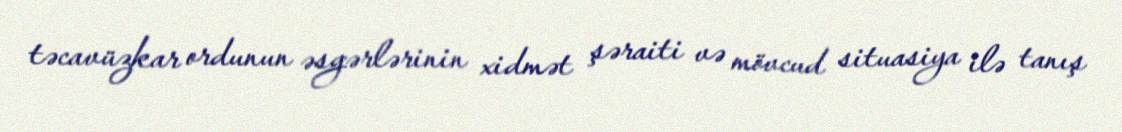
təcavüzkar ordunun əsgərlərinin xidmət şəraiti və mövcud situasiya ilə tanış